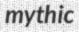
mythic